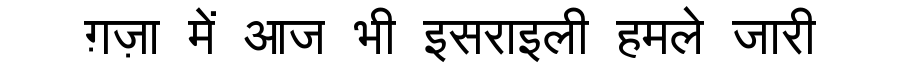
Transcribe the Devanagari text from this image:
ग़ज़ा में आज भी इसराइली हमले जारी